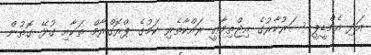
އަދި އެމްޑީޕީ ސަރުކާރުގެ އިޖްތިމާޢީ ރައްކާތެރި ކަމުގެ ޕްރޮގްރާމް ތަކާއި ގުޅޭ ގޮތުން